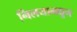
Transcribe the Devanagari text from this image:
निलयामधून